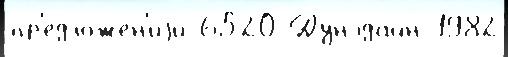
пр'едложе́н'иjи 6520 Дунэдайн 1982